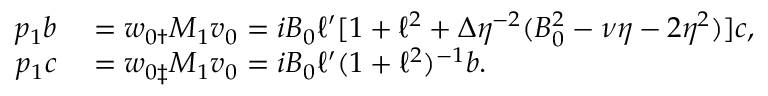
\begin{array} { r l } { p _ { 1 } b } & { { } = \boldsymbol { w } _ { 0 \dag } M _ { 1 } \boldsymbol { v } _ { 0 } = i B _ { 0 } \ell ^ { \prime } [ 1 + \ell ^ { 2 } + \Delta \eta ^ { - 2 } ( B _ { 0 } ^ { 2 } - \nu \eta - 2 \eta ^ { 2 } ) ] c , } \\ { p _ { 1 } c } & { { } = \boldsymbol { w } _ { 0 \ddag } M _ { 1 } \boldsymbol { v } _ { 0 } = i B _ { 0 } \ell ^ { \prime } ( 1 + \ell ^ { 2 } ) ^ { - 1 } b . } \end{array}